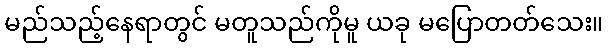
မည်သည့်နေရာတွင် မတူသည်ကိုမူ ယခု မပြောတတ်သေး။